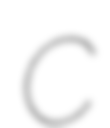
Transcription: C